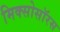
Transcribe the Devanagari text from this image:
मिक्सोसॉरस